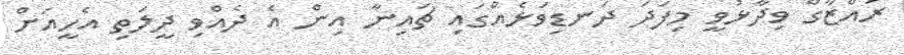
ރައްޒާގް ވިދާޅުވީ މިފަދަ ދަނޑިވަޅެއްގައި ޗައިނާ އިން އެ ދެއްވި ދީލަތި އެހީއަށް